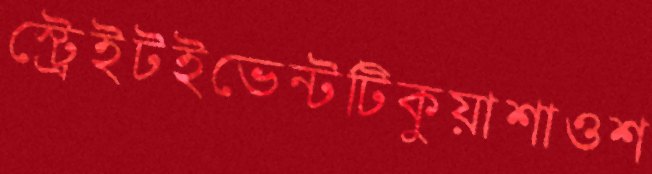
স্ট্রেইটইভেন্টটিকুয়াশাওশ